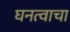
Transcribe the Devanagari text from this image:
घनत्वाचा